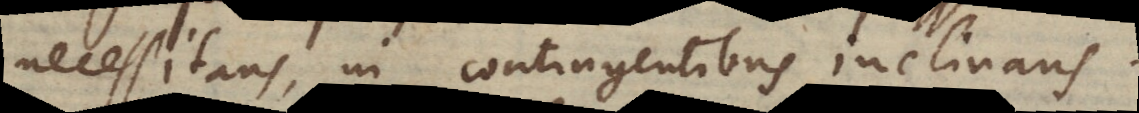
necessitans, in contingentibus inclinans.